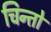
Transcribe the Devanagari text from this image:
चिन्तो